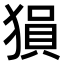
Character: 𤠔